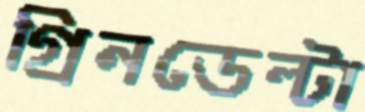
গ্রিনডেল্টা